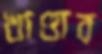
খাণ্ডার